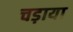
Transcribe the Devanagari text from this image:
चड़ाया